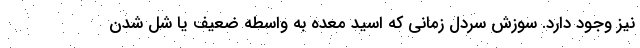
نیز وجود دارد. سوزش سردل زمانی که اسید معده به واسطه ضعیف یا شل شدن